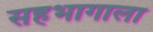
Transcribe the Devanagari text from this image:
सहभागाला